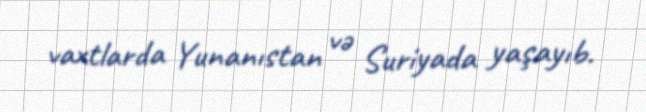
vaxtlarda Yunanıstan və Suriyada yaşayıb.